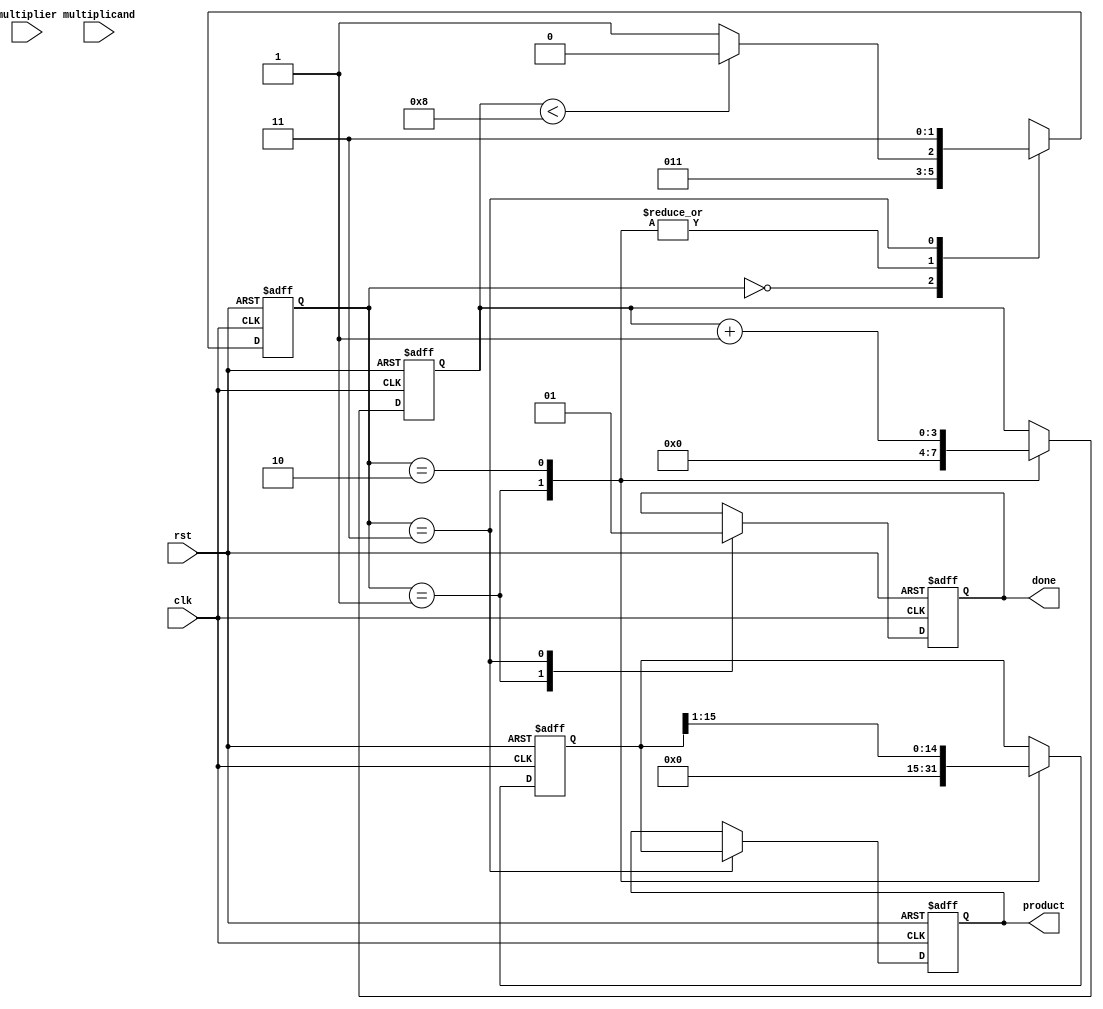
module modified_booth_multiplier #(parameter N = 8) (
    input clk,
    input rst,
    input [N-1:0] multiplicand,
    input [N-1:0] multiplier,
    output reg [2*N-1:0] product,
    output reg done
);

    reg [N-1:0] M;             // Multiplicand
    reg [N-1:0] Q;             // Multiplier
    reg [N:0] Q_1;             // Previous bit of multiplier
    reg [2*N-1:0] A;           // Accumulator
    reg [3:0] count;           // Count for number of bits processed
    reg [2*N-1:0] P;           // Partial product

    // State definitions
    localparam IDLE = 2'b00,
               LOAD = 2'b01,
               COMPUTE = 2'b10,
               DONE = 2'b11;

    reg [1:0] state, next_state;

    // State transition
    always @(posedge clk or posedge rst) begin
        if (rst) begin
            state <= IDLE;
        end else begin
            state <= next_state;
        end
    end

    // Next state logic
    always @(*) begin
        case (state)
            IDLE: next_state = LOAD;
            LOAD: next_state = (count < N) ? COMPUTE : DONE;
            COMPUTE: next_state = (count < N) ? COMPUTE : DONE;
            DONE: next_state = DONE;
            default: next_state = IDLE;
        endcase
    end

    // Control logic and operations
    always @(posedge clk or posedge rst) begin
        if (rst) begin
            A <= 0;
            Q <= 0;
            M <= 0;
            Q_1 <= 0;
            product <= 0;
            count <= 0;
            done <= 0;
        end else begin
            case (state)
                LOAD: begin
                    M <= multiplicand;
                    Q <= multiplier;
                    Q_1 <= 0; // Initialize Q-1 to 0
                    A <= 0; // Initialize Accumulator to 0
                    count <= 0; // Reset count
                    done <= 0; // Reset done flag
                end

                COMPUTE: begin
                    case ({Q[0], Q_1})
                        2'b00: begin
                            // No operation
                        end
                        2'b01: begin
                            // A = A + M
                            A <= A + {M, {N{1'b0}}}; // Shift M left by N
                        end
                        2'b10: begin
                            // A = A - M
                            A <= A - {M, {N{1'b0}}}; // Shift M left by N
                        end
                        2'b11: begin
                            // No operation (just shift)
                        end
                    endcase

                    // Shift right: A and Q
                    {A, Q} <= {A[2*N-1:1], Q[N-1:1], Q[0]}; // Shift A and Q together
                    Q_1 <= Q[0]; // Update Q-1
                    count <= count + 1; // Increment count
                end

                DONE: begin
                    product <= A; // Final product in A
                    done <= 1; // Set done flag
                end
            endcase
        end
    end
endmodule